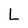
Character: L